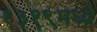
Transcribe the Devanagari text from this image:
१३१९मध्ये